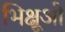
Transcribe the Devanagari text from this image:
भिक्षूओ